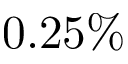
0 . 2 5 \%